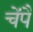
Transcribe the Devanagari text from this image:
चेंपै